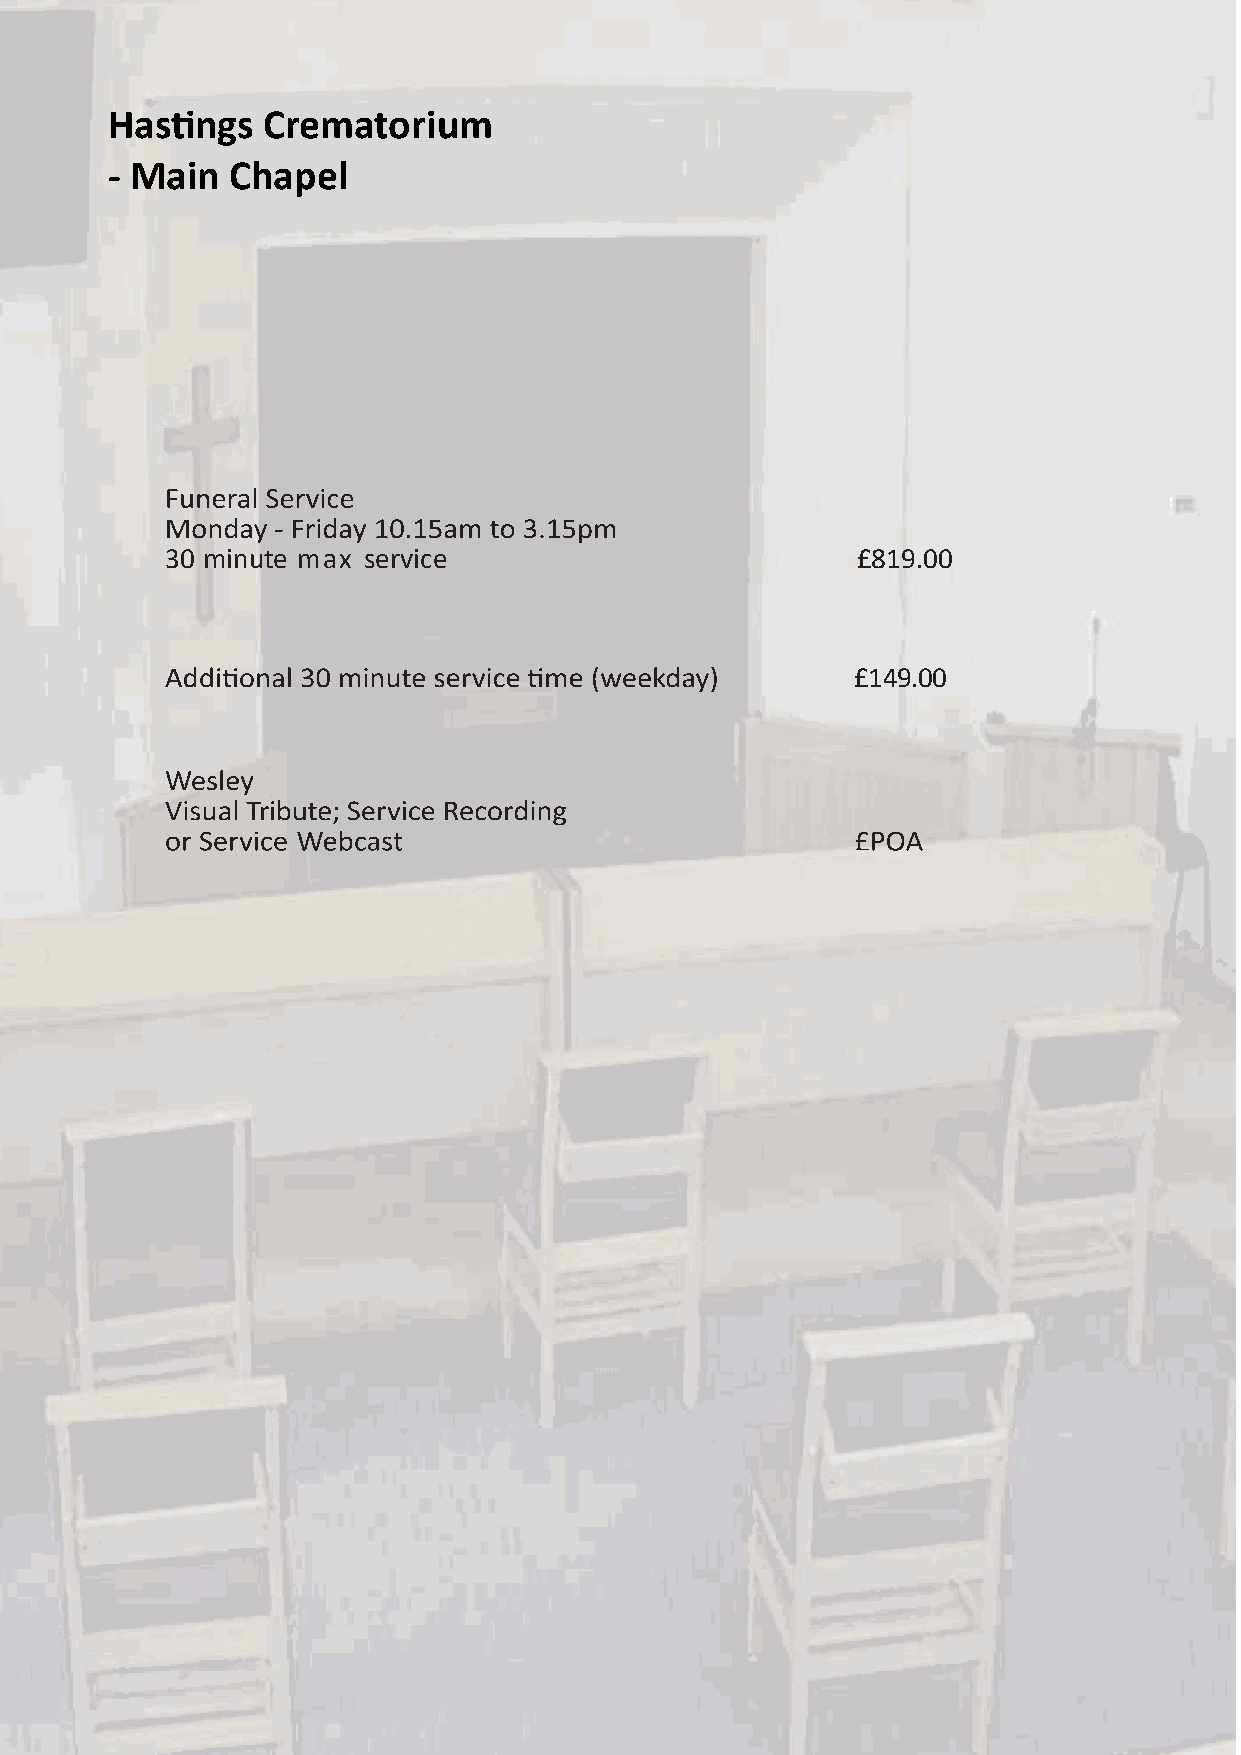
Hastings  Crematorium
 - Main  Chapel
 30 minute max service                         £819.00
 £149.00